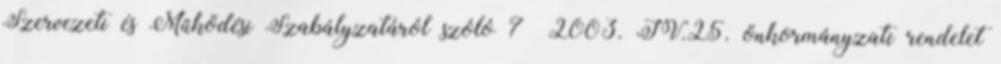
Szervezeti és Működési Szabályzatáról szóló 7 2003. IV.25. önkormányzati rendelet